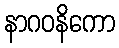
နာဂဝနိကော